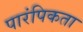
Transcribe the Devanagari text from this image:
पारंपिकता